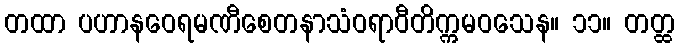
တထာ ပဟာနဝေရမဏီစေတနာသံဝရာဝီတိက္ကမဝသေန။ ၁၁။ တတ္ထ